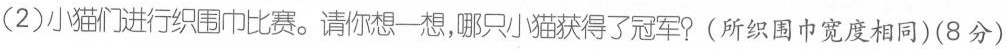
(2)小猫们进行织围巾比赛。请你想一想，哪只小猫获得了冠军?(所织围巾宽度相同)(8分)